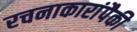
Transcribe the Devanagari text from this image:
रचनाकारांपैकी